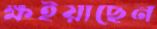
ক্ষইয়াছেন